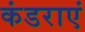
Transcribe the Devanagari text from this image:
कंडराएं